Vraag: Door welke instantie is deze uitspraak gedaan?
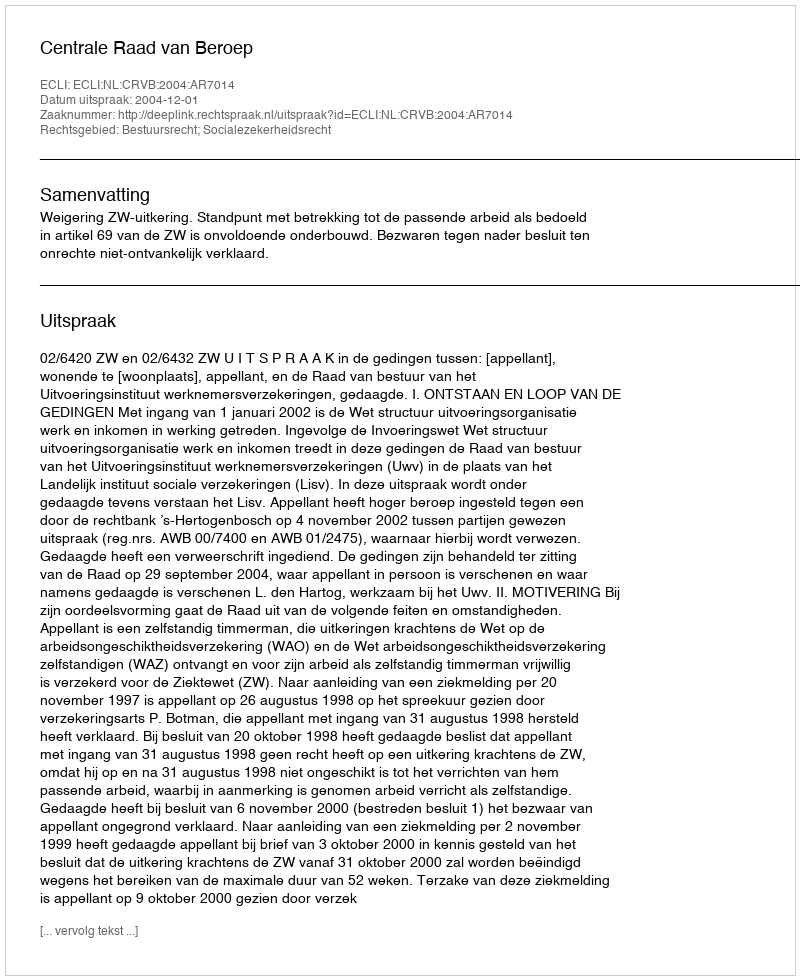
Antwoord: Centrale Raad van Beroep